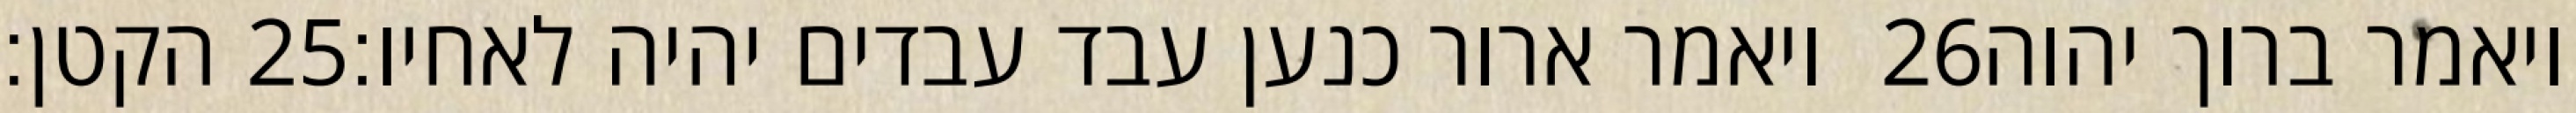
הקטן׃ ‎25‏ ויאמר ארור כנען עבד עבדים יהיה לאחיו׃ ‎26‏ ויאמר ברוך יהוה